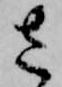
さ